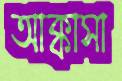
আক্কাসা